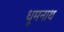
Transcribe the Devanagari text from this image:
धूमनाथ